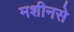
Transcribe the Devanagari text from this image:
मशीनसे